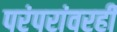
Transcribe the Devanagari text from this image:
परंपरांवरही